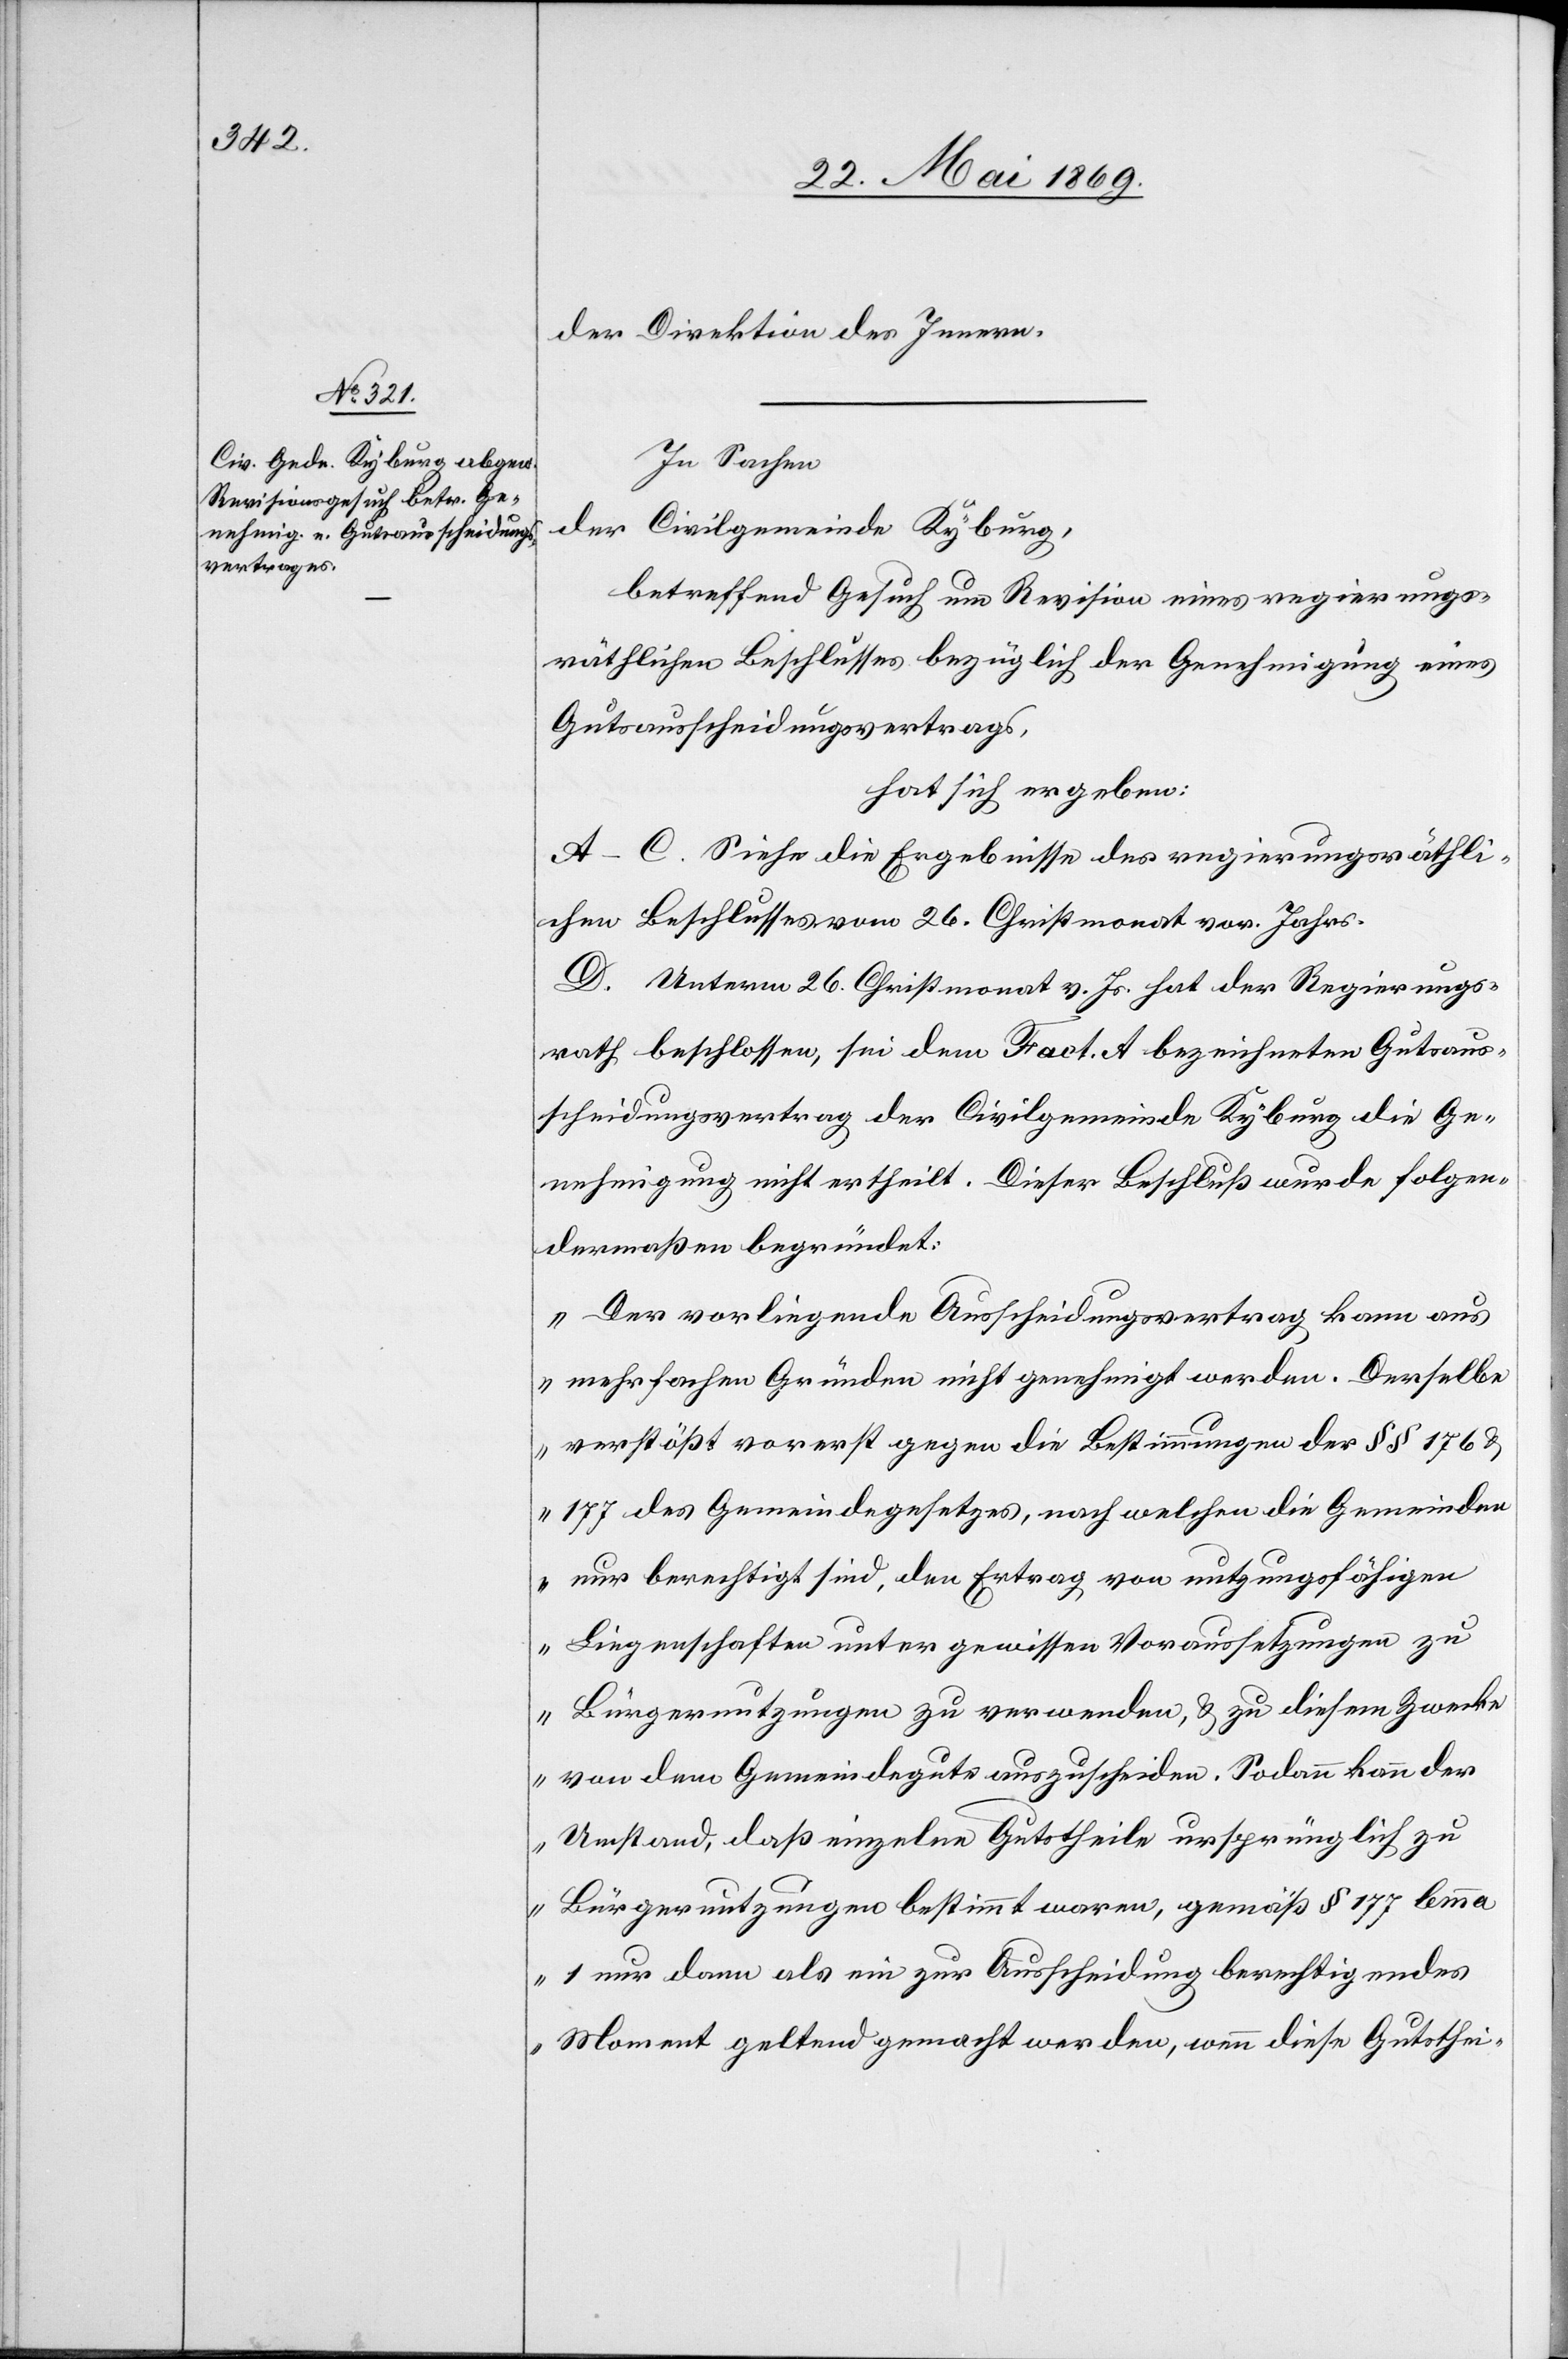
der Direktion des Innern.
In Sachen,
der Civilgemeinde Kyburg,
betreffend Gesuch um Revision eines regierungs¬
räthlichen Beschlusses bezüglich der Genehmigung eines
Gutsausscheidungsvertrages,
hat sich ergeben:
A–C. Siehe die Ergebnisse des regierungsräthli¬
chen Beschlusses vom 26. Christmonat vor. Jahres.
D. Unterm 26. Christmonat v. Js. hat der Regierungs¬
rath beschlossen, sei dem Fact. A bezeichneten Gutsaus¬
scheidungsvertrag der Civilgemeinde Kyburg die Ge¬
nehmigung nicht ertheilt. Dieser Beschluß wurde folgen¬
dermaßen begründet:
„Der vorliegende Ausscheidungsvertrag kann aus
mehrfachen Gründen nicht genehmigt werden. Derselbe
verstößt vorerst gegen die Bestimmungen der §§ 176 u.
177 des Gemeindegesetzes, nach welchen die Gemeinden
nur berechtigt sind, den Ertrag von nutzungsfähigen
von dem Gemeindegute auszuscheiden. Sodann kann der
Umstand, daß einzelne Gutstheile ursprünglich zu
Bürgernutzungen bestimmt waren, gemäß § 177 lemma
1 nur dann als ein zur Ausscheidung berechtigendes
Moment geltend gemacht werden, wenn diese Gutsthei-